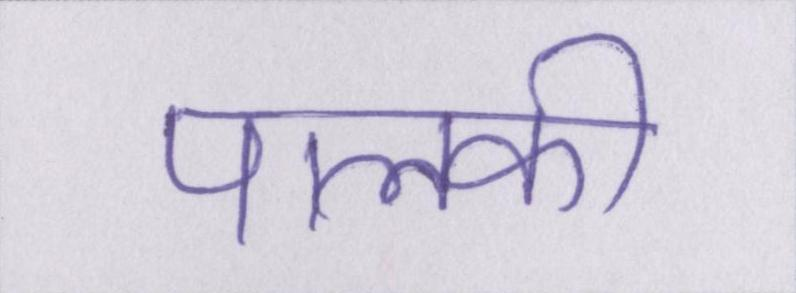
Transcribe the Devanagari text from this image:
पालकी